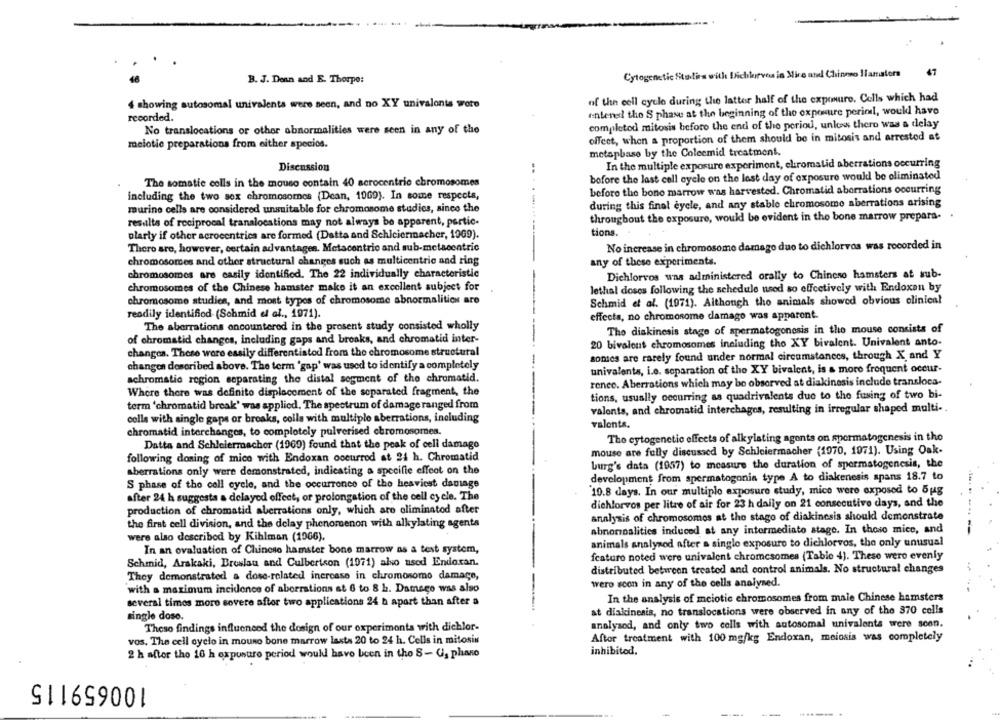
47
Cytogenetic Studies with Dichlorves in Mice and Chinono Iamators
B. J. Denn and E. Thorpe:
of the cell cycle during the latter half of the exposure. Cells which had
4 showing autosomal univalenta were seen, and no XY univalonis wote
entered the S phase at the beginning of the exposure perial, would have
recorded.
completod mitosis before the end of the period, unless there was a delay
No translocations or other abnormalities were seen in any of the
offeet, when a proportion of them should be in mitosis and arrested at
meiotic preparations from either specios.
metaphase by the Coleemid treatment.
Discussion
In the multiple exposure experiment, chromatid aberrations occurring
The somatic colls in the mouse contain 40 scrocentrie chromosomes
before the last cell cycle on the last day of exposure would be eliminated
including the two sex chromosomes (Dean, 1069). In some respects,
before the bone marrow was harvested. Chromatid aberrations occurring
during this final cycle, and any stable chromosome aberrations arising
murine cells are considered unsuitable for chromosome studies, since the
throughout the exposure, would be evident in the bone marrow prepara-
results of reciprocal translocations may not always be apparent, pertic-
tions.
plarly if other acrocentrics are formed (Datta and Schiciermacher, 1969).
No increase in chromosome damage due to dichlorvos was recorded in
There are, however, certain advantages. Metacentrio and sub-metacentric
chromosomes and other structural changes such as multicentric and ring
any of these experiments.
chromosomes are easily identified. The 22 individually characteristic
Dichlorvos was administered orally to Chinese hamsters at sub-
chromosomes of the Chinese hamster make it an excellent subject for
lethal doses following the schedule used so effectively with Endoxan by
chromosome studies, and most types of chromosome abnormalities are
Schmid et al. (1971). Although the animals showed obvious clinical
readily identifiod (Schmid el al ., 1971).
effects, no chromosome damago was apparent.
The aberrations encountered in the present study consisted wholly
The diakinesis stage of spermatogenesis in the mouse consists of
of chromatid changes, including gaps and broaks, and chromatid inter-
20 bivalent chromosomes including tho XY bivalent. Univalent anto-
changes. Those were easily differentistod from the chromosome structural
somes are rarely found under normal circumstances, through X and Y
changen described above. The term 'gap' was used to identify a completely
univalents, i.e. separation of the XY bivalent, is a more frequent occur-
achromatic region separating the distal segment of the chromatid.
rence. Aberrations which may be observed at diakinesis include transloca-
Where there was definito displacement of the separated fragment, the
tions, usually occurring as quadrivalents due to the fusing of two bi-
term 'chromatid break' was applied. The spectrum of damage ranged from
valents, and chromatid interchages, resulting in irregular shaped multi -.
cells with single gaps or breaks, colls with multiple aberrations, including
valents.
chromatid interchanges, to completely pulverised chromosomes.
The cytogenetic effects of alkylating agents on spermatogenesis in the
Datta and Schleiermacher (1969) found that the peak of cell damage
mouse are fully discussed by Schleiermacher (1970, 1971). Using Oak-
following doning of mice with Endoxan occurred at 24 h. Chromatid
aberrations only were demonstrated, indicating a specifie effect on the
burg's data (1957) to measure the duration of spermatogenesis, the
development from spermatogonia type A to diakenesis spans 18.7 to
S phase of the cell cycle, and the occurrence of the heaviest damage
10.8 days. In our multiplo exposure study, mico were exposed to 5 ug
.
after 24 h suggesta a delayed effect, or prolongation of the cell cycle. The
dichlorvos per litre of air for 23 h daily on 21 consecutive days, and the
production of chromatid aberrations only, which are eliminated after
analysis of chromosomes at the stage of diakinesis should demonstrate
the first cell division, and the delay phenomenon with alkylating agents
abnonoalities induced at any intermediate stage. In theso mice, and
were also described by Kihlman (1966).
animals analysed after a single exposure to dichlorvos, the only unusual
In an ovaluation of Chinese hamster bone marrow as a test system,
fcaturo noted were univalent chromosomes (Tablo 4). These wero evenly
Schmid, Arakaki, Breslau and Culbertson (1971) also used Endoran.
distributed between treated and control animals. No structural changes
They demonstrated a dose-related increase in chromosomo damage,
with a maximum incidence of aberrations at 6 to 8 h. Damaço was also
wero scon in any of the cells analysed.
several times more severe after two applications 24 h apart than after a
In the analysis of meiotic chromosomes from male Chinese hamsters
single dose.
at diakinesis, no translocations were observed in any of the 370 cells
analysed, and only two cells with autosomal univalents were scon.
These findings influenced the design of our experiments with dichlor-
After treatment with 100 mg/kg Endoxan, meiosis was completely
vos. The cell cyclo in mouno bone marrow lasta 20 to 24 h. Cells in mitosis
inhibitod.
2 h after the 16 h exposure period would have been in the 8 - Gi, phane
100659115
----
--